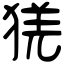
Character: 猐